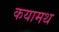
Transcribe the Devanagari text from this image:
कयामथ